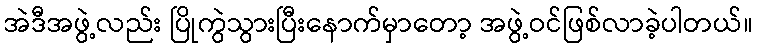
အဲဒီအဖွဲ့လည်း ပြိုကွဲသွားပြီးနောက်မှာတော့ အဖွဲ့ဝင်ဖြစ်လာခဲ့ပါတယ်။